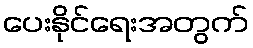
ပေးနိုင်ရေးအတွက်